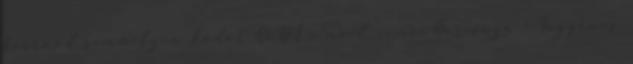
beírnod semmilyen kódot SoDI e-mail címe: Harisnya - Ingyenes